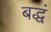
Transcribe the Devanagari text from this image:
बद्धं